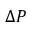
\Delta P